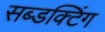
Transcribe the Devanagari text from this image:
सब्डक्टिंग